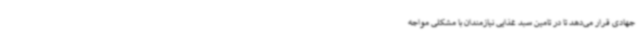
جهادی قرار می‌دهد تا در تامین سبد غذایی نیازمندان با مشکلی مواجه